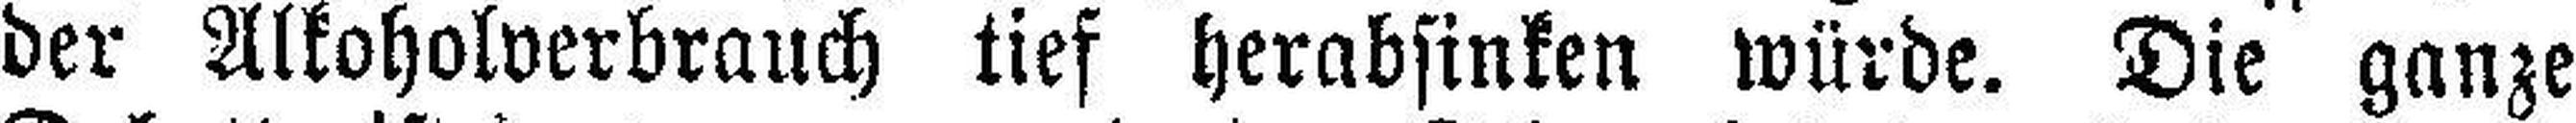
der Alkoholverbrauch tief herabsinken würde. Die ganze